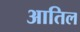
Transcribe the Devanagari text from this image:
आतिल